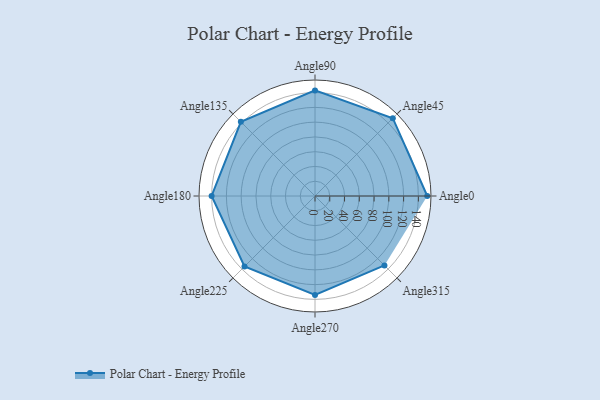
{"axis": {"x": "Angle", "y": "Radius"}, "legend": [""], "data": [{"x": "Angle0", "y": 152.0, "type": ""}, {"x": "Angle45", "y": 149.0, "type": ""}, {"x": "Angle90", "y": 143.0, "type": ""}, {"x": "Angle135", "y": 142.0, "type": ""}, {"x": "Angle180", "y": 140.0, "type": ""}, {"x": "Angle225", "y": 135.0, "type": ""}, {"x": "Angle270", "y": 134.0, "type": ""}, {"x": "Angle315", "y": 133.0, "type": ""}]}